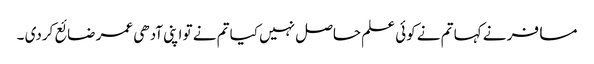
مسافر نے کہا تم نے کوئی علم حاصل نہیں کیا تم نے تو اپنی آدھی عمر ضائع کردی ۔